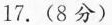
17.(8分)